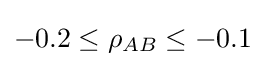
-0.2\leq \rho _{AB}\leq -0.1